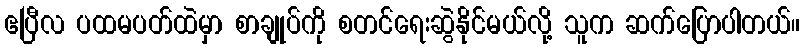
ဧပြီလ ပထမပတ်ထဲမှာ စာချုပ်ကို စတင်ရေးဆွဲနိုင်မယ်လို့ သူက ဆက်ပြောပါတယ်။